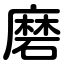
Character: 磨